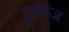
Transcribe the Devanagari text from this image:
ट्रालेज